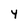
Character: Y